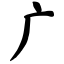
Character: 广